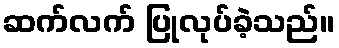
ဆက်လက် ပြုလုပ်ခဲ့သည်။